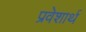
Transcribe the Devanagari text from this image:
प्रवेशार्थ